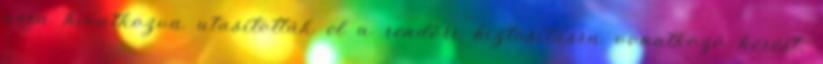
arra hivatkozva utasították el a rendőri biztosításra vonatkozó kérést,